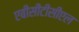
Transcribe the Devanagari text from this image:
एबीसीटीसीएल